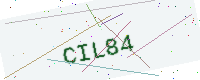
Text: CIL84